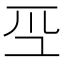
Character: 𭗻